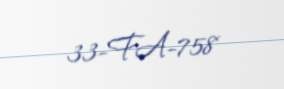
33-FA-758